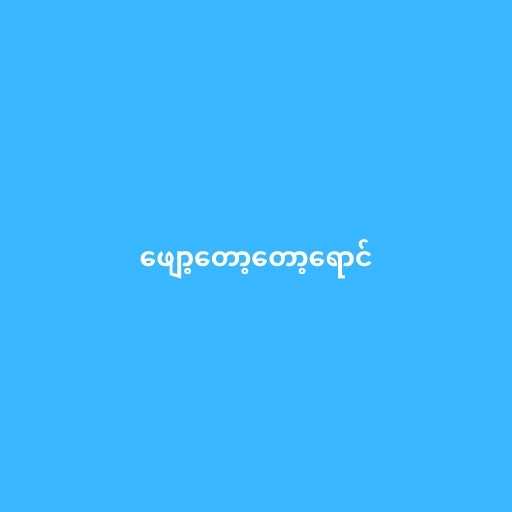
ဖျော့တော့တော့ရောင်